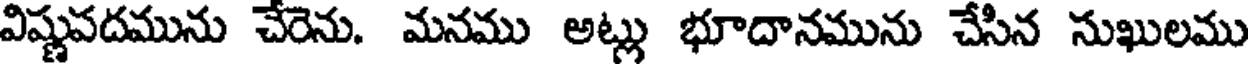
విష్ణుపదమును చేరెను. మనము అట్లు భూదానమును చేసిన సుఖులము